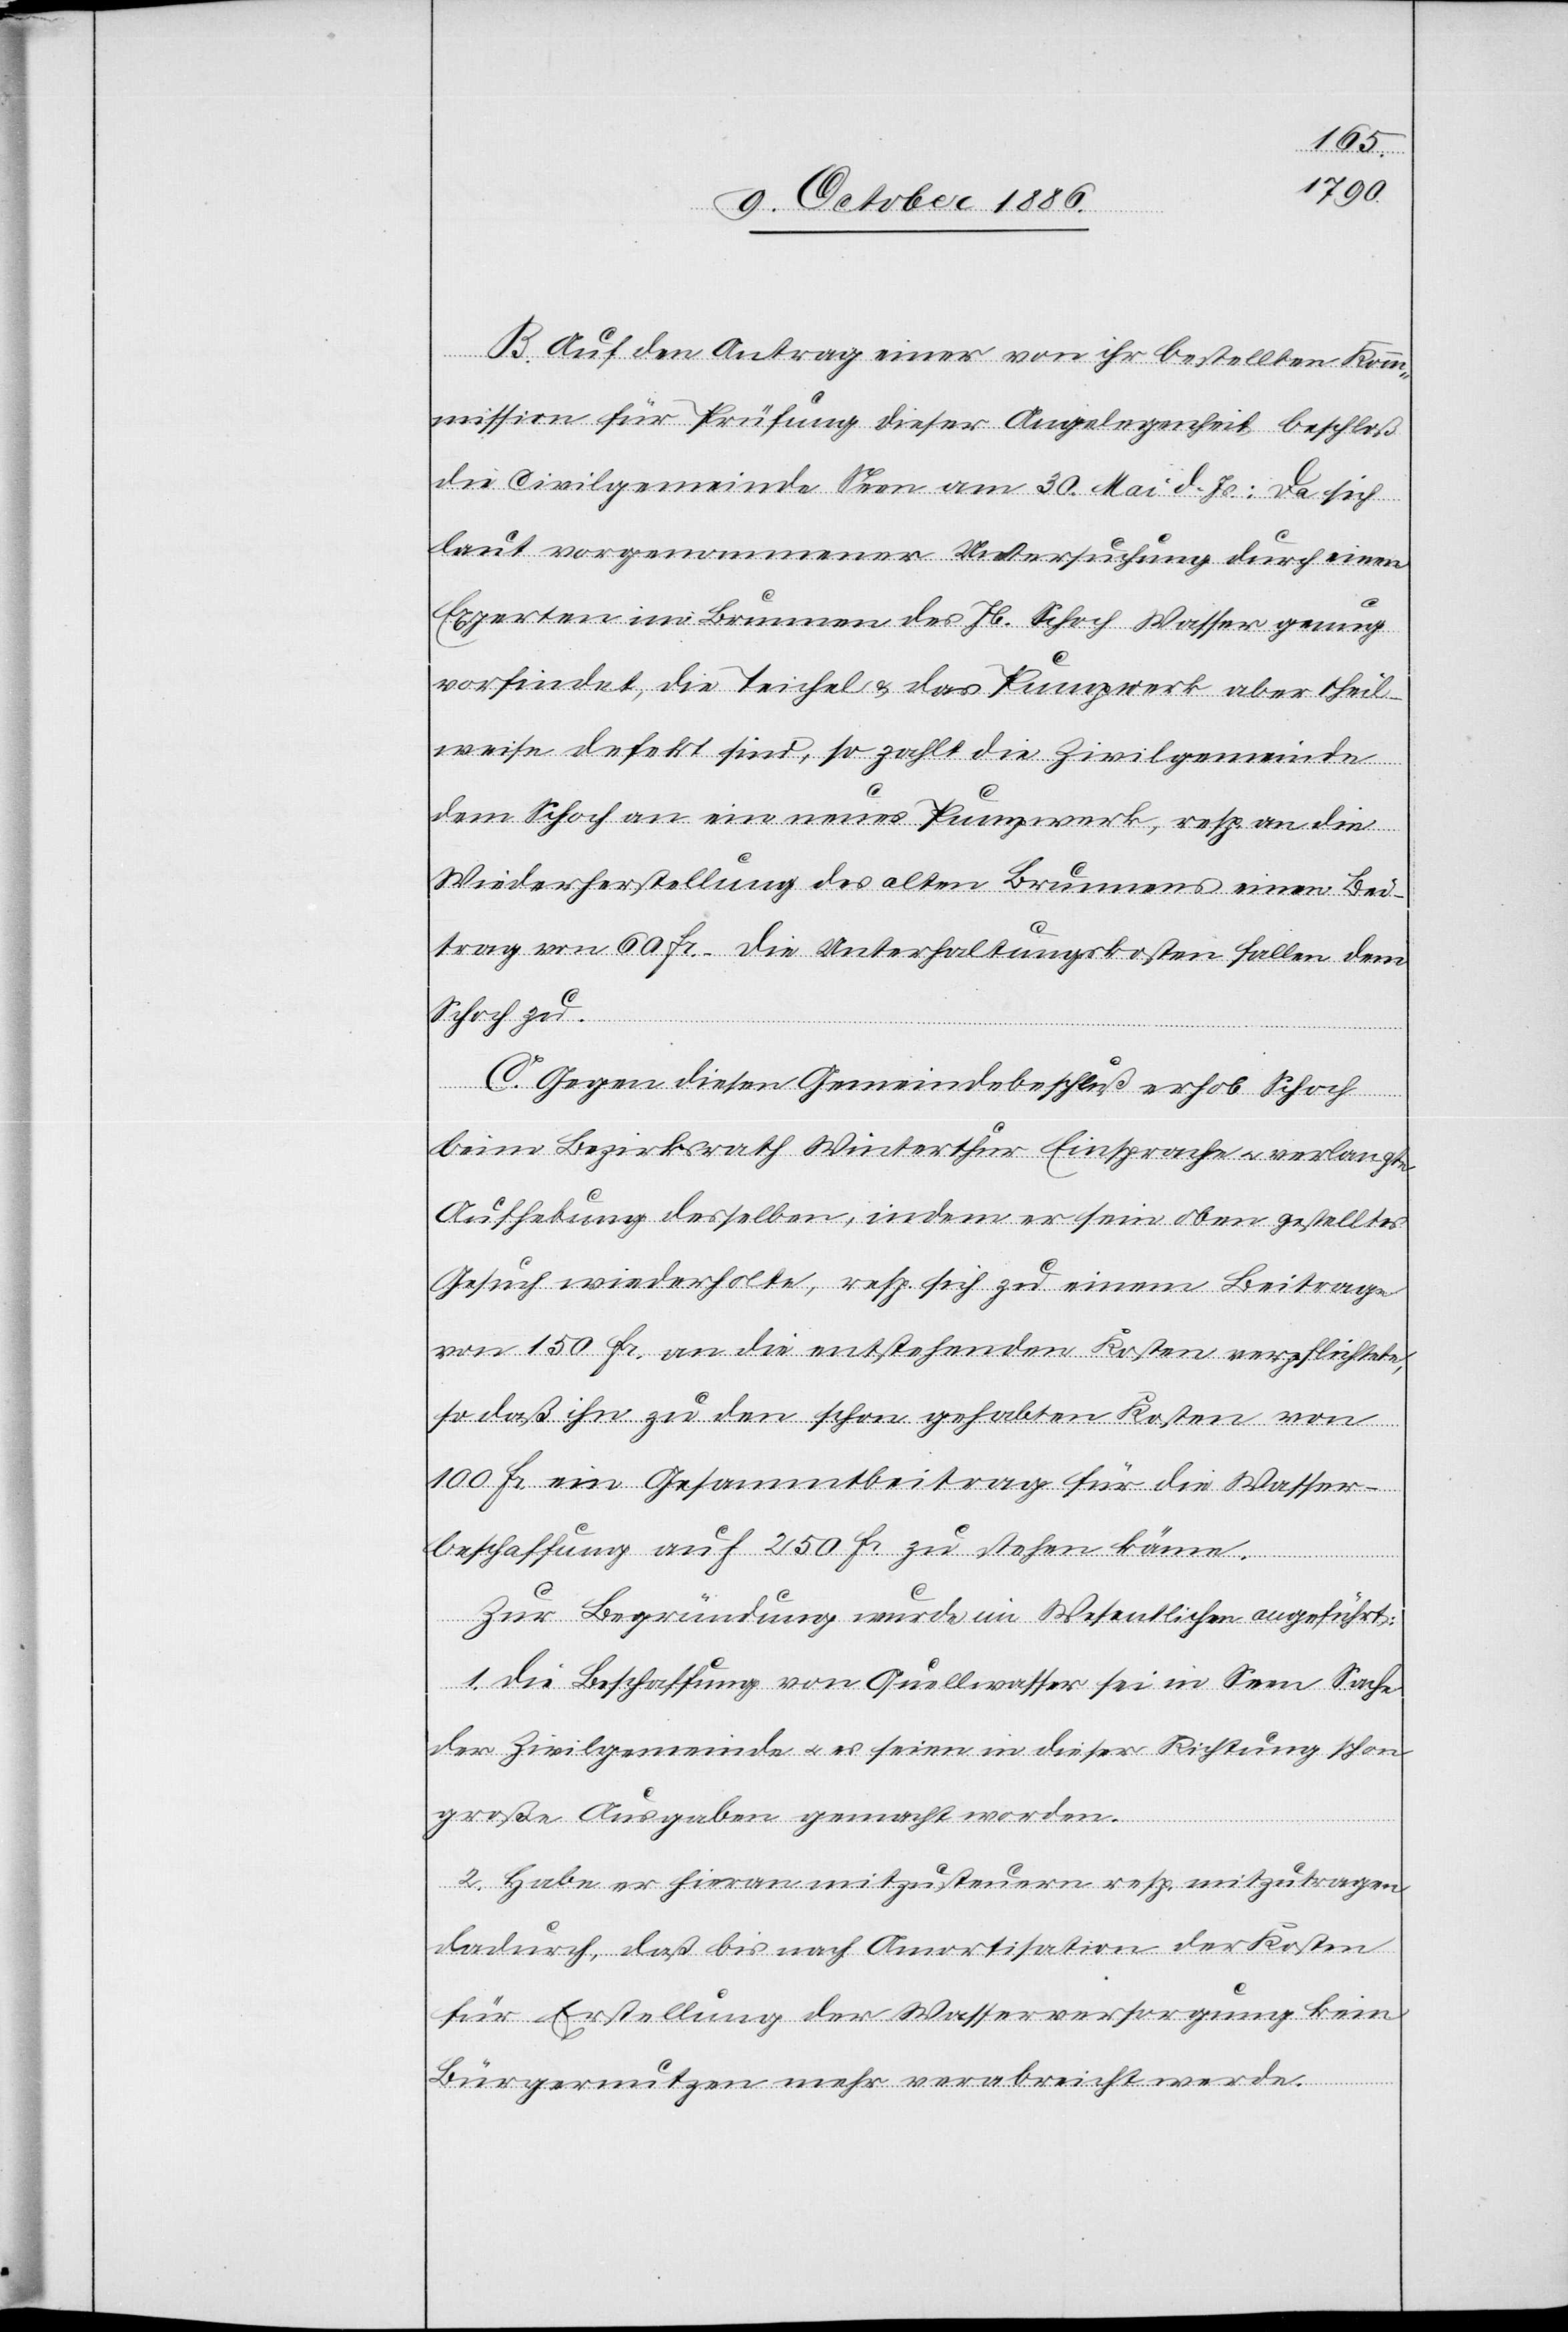
B. Auf den Antrag einer von ihr bestellten Kom¬
mission für Prüfung dieser Angelegenheit beschloß
die Civilgemeinde Seen am 30. Mai d. Js.: Da sich
laut vorgenommener Untersuchung durch einen
Experten im Brunnen des Jb. Schoch Wasser genug
vorfindet, die Teichel & das Pumpwerk aber theil¬
weise defekt sind, so zahlt die Zivilgemeinde
dem Schoch an ein neues Pumpwerk, resp. an die
Wiederherstellung des alten Brunnens einen Bei¬
trag von 60 Fr., die Unterhaltungskosten fallen dem
Schoch zu.
C. Gegen diesen Gemeindebeschluß erhob Schoch
beim Bezirksrath Winterthur Einsprache & verlangte
Aufhebung desselben, indem er sein oben gestelltes
Gesuch wiederholte, resp. sich zu einem Beitrage
von 150 Fr. an die entstehenden Kosten verpflichtete,
so daß ihn zu den schon gehabten Kosten von
100 Fr. ein Gesammtbeitrag für die Wasser¬
beschaffung auf 250 Fr. zu stehen käme.
Zur Begründung wurde im Wesentlichen angeführt:
1. Die Beschaffung von Quellwasser sei in Seen Sache
der Zivilgemeinde & es seien in dieser Richtung schon
große Ausgaben gemacht worden.
2. Habe er hieran mitzusteuern resp. mitzutragen
dadurch, daß bis nach Amortisation der Kosten
für Erstellung der Wasserversorgung kein
Bürgernutzen mehr verabreicht werde.